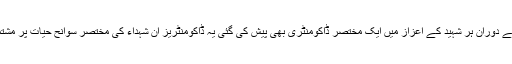
تقریب کے دوران ہر شہید کے اعزاز میں ایک مختصر ڈاکومنٹری بھی پیش کی گئی یہ ڈاکومنٹریز ان شہداء کی مختصر سوانح حیات پر مشتمل تھیں۔